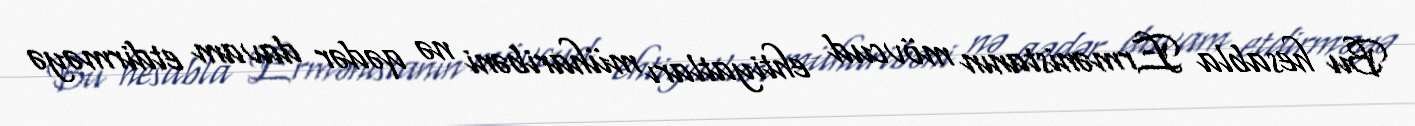
Bu hesabla Ermənistanın mövcud ehtiyatları müharibəni nə qədər davam etdirməyə